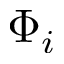
\Phi _ { i }